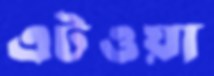
এটওয়া